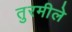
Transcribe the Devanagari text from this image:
तुरमीले